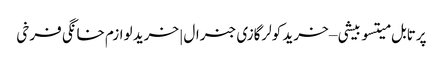
پرتابل میتسوبیشی – خرید کولرگازی جنرال | خرید لوازم خانگی فرخی